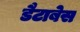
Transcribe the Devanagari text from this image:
डैटाबेस